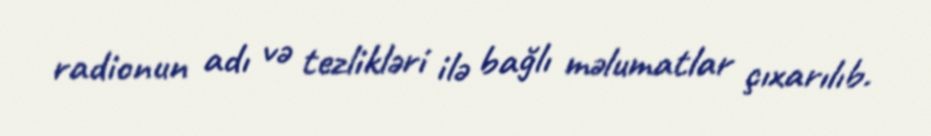
radionun adı və tezlikləri ilə bağlı məlumatlar çıxarılıb.